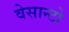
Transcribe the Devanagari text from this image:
वेसान्टो